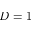
D = 1